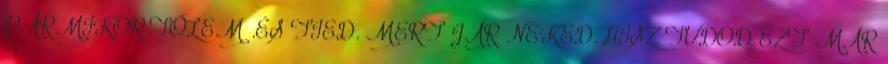
BÁRMIKOR.TŐLEM .ÉS TIED. MERT JÁR NEKED.HISZ TUDOD EZT MÁR